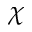
\chi